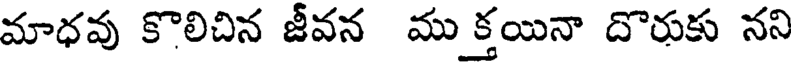
మాధవు కొలిచిన జీవన ము క్తయినా దొరుకు నని